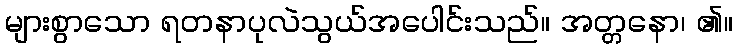
များစွာသော ရတနာပုလဲသွယ်အပေါင်းသည်။ အတ္တနော၊ ၏။